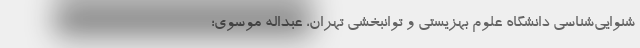
شنوایی‌شناسی دانشگاه علوم بهزیستی و توانبخشی تهران، عبداله موسوی؛